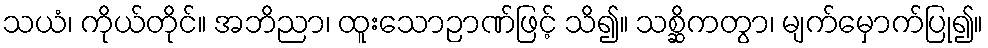
သယံ၊ ကိုယ်တိုင်။ အဘိညာ၊ ထူးသောဉာဏ်ဖြင့် သိ၍။ သစ္ဆိကတွာ၊ မျက်မှောက်ပြု၍။